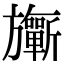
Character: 𣄨